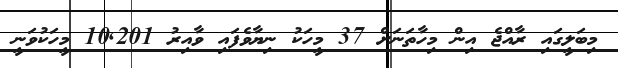
މިބަލީގައި ރާއްޖެ އިން މިހާތަނަށް 37 މީހަކު ނިޔާވެފައި ވާއިރު 10